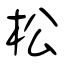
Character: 松